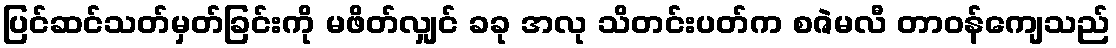
ပြင်ဆင်သတ်မှတ်ခြင်းကို မဖိတ်လျှင် ခခု အလု သိတင်းပတ်က စဇဲမလီ တာဝန်ကျေသည်